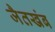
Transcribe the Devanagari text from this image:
जैतखंब